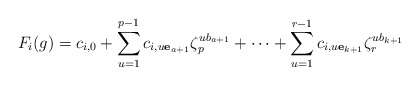
\begin{align*} F_i(g)= c_{i,0} + \sum_{u=1}^{p-1}c_{i, u\mathbf{e}_{a+1}}\zeta_p^{ub_{a+1}} +\cdots +\sum_{u=1}^{r-1}c_{i,u\mathbf{e}_{k+1}}\zeta_r^{ub_{k+1}} \end{align*}